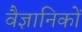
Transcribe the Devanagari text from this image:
वैज्ञानिकाें